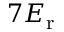
7 E _ { \mathrm { { r } } }